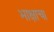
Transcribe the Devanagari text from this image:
भाक्षाचा